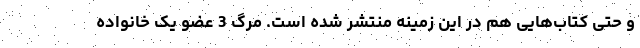
و حتی کتاب‌هایی هم در این زمینه منتشر شده است. مرگ 3 عضو یک خانواده